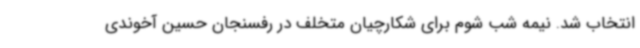
انتخاب شد. نیمه شب شوم برای شکارچیان متخلف در رفسنجان حسین آخوندی